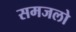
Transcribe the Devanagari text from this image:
समजलो